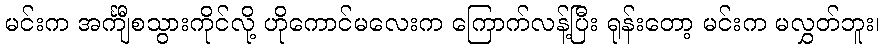
မင်းက အင်္ကျီစသွားကိုင်လို့ ဟိုကောင်မလေးက ကြောက်လန့်ပြီး ရုန်းတော့ မင်းက မလွှတ်ဘူး၊